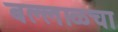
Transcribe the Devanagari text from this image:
बल्लाळचा